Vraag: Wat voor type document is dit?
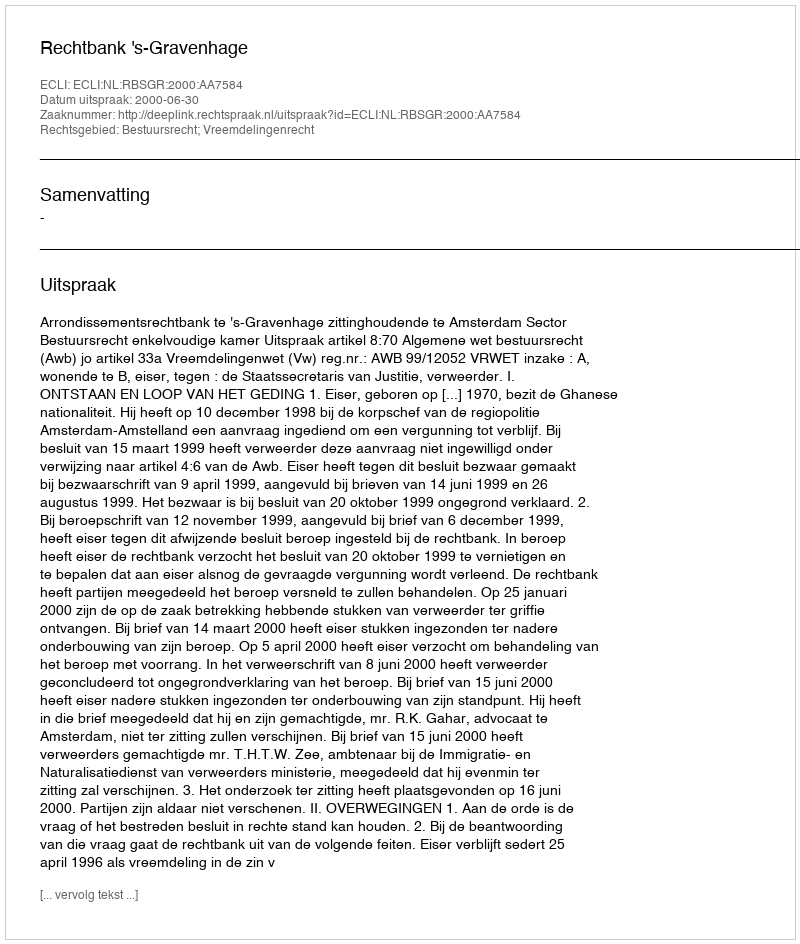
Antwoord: Uitspraak